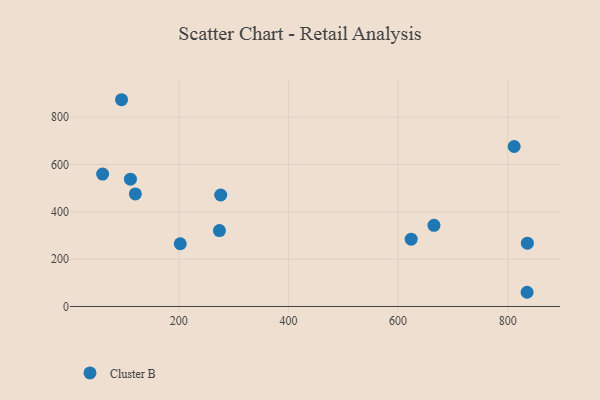
{"axis": {"x": "Study Hours", "y": "Fuel Efficiency"}, "legend": ["Cluster B"], "data": [{"x": "120.6", "y": 475.6, "type": "Cluster B"}, {"x": "60.9", "y": 559.4, "type": "Cluster B"}, {"x": "835.3", "y": 60.1, "type": "Cluster B"}, {"x": "623.8", "y": 284.4, "type": "Cluster B"}, {"x": "811.7", "y": 676.0, "type": "Cluster B"}, {"x": "202.5", "y": 265.1, "type": "Cluster B"}, {"x": "274.0", "y": 320.6, "type": "Cluster B"}, {"x": "111.7", "y": 538.0, "type": "Cluster B"}, {"x": "276.3", "y": 471.1, "type": "Cluster B"}, {"x": "95.4", "y": 873.5, "type": "Cluster B"}, {"x": "665.4", "y": 343.1, "type": "Cluster B"}, {"x": "835.8", "y": 267.5, "type": "Cluster B"}]}